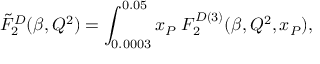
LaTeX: \tilde { F } _ { 2 } ^ { D } ( \beta , Q ^ { 2 } ) = \int _ { 0 . 0 0 0 3 } ^ { 0 . 0 5 } \d x _ { P } \; F _ { 2 } ^ { D ( 3 ) } ( \beta , Q ^ { 2 } , x _ { P } ) ,